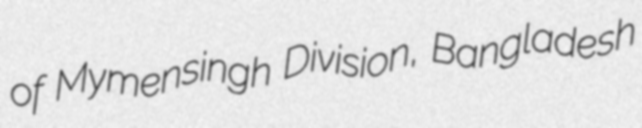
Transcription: of Mymensingh Division, Bangladesh